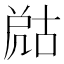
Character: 𡲞